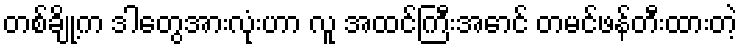
တစ်ချို့က ဒါတွေအားလုံးဟာ လူ အထင်ကြီးအောင် တမင်ဖန်တီးထားတဲ့